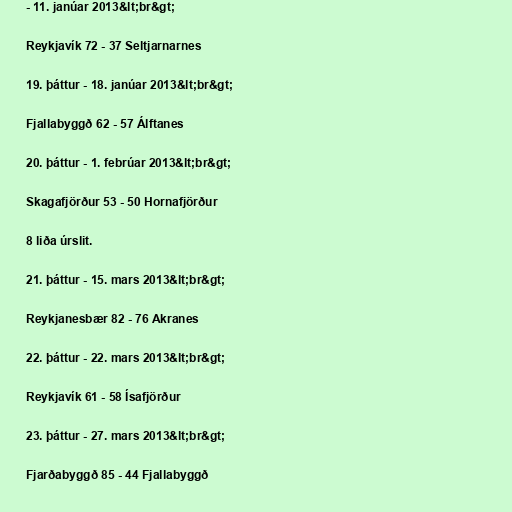
- 11. janúar 2013&lt;br&gt;

Reykjavík 72 - 37 Seltjarnarnes

19. þáttur - 18. janúar 2013&lt;br&gt;

Fjallabyggð 62 - 57 Álftanes

20. þáttur - 1. febrúar 2013&lt;br&gt;

Skagafjörður 53 - 50 Hornafjörður

8 liða úrslit.

21. þáttur - 15. mars 2013&lt;br&gt;

Reykjanesbær 82 - 76 Akranes

22. þáttur - 22. mars 2013&lt;br&gt;

Reykjavík 61 - 58 Ísafjörður

23. þáttur - 27. mars 2013&lt;br&gt;

Fjarðabyggð 85 - 44 Fjallabyggð